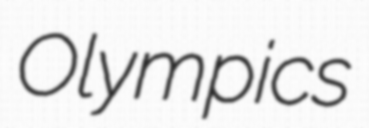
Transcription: Olympics